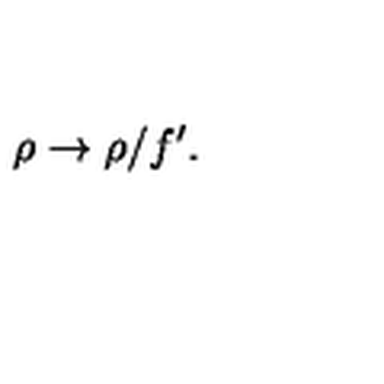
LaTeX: \rho \rightarrow \rho / f ^ { \prime } .